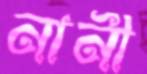
নানী